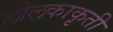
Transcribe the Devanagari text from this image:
लोलकाकृती